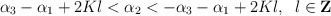
\begin{align*}\alpha_{3}-\alpha_{1}+2Kl<\alpha_{2}<-\alpha_{3}-\alpha_{1}+2Kl,\;\;l\in{\bf Z}\end{align*}